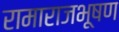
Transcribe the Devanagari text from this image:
रामाराजभूषण